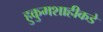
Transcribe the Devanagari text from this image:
हुकुमशाहीकडे